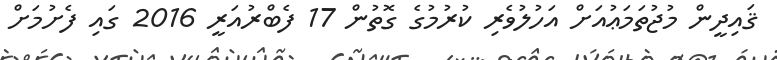
ޤައިދީން މުޖުތަމަޢުއަށް އަހުލުވެރި ކުރުމުގެ ގޮތުން 17 ފެބްރުއަރީ 2016 ގައި ފެށުމަށް